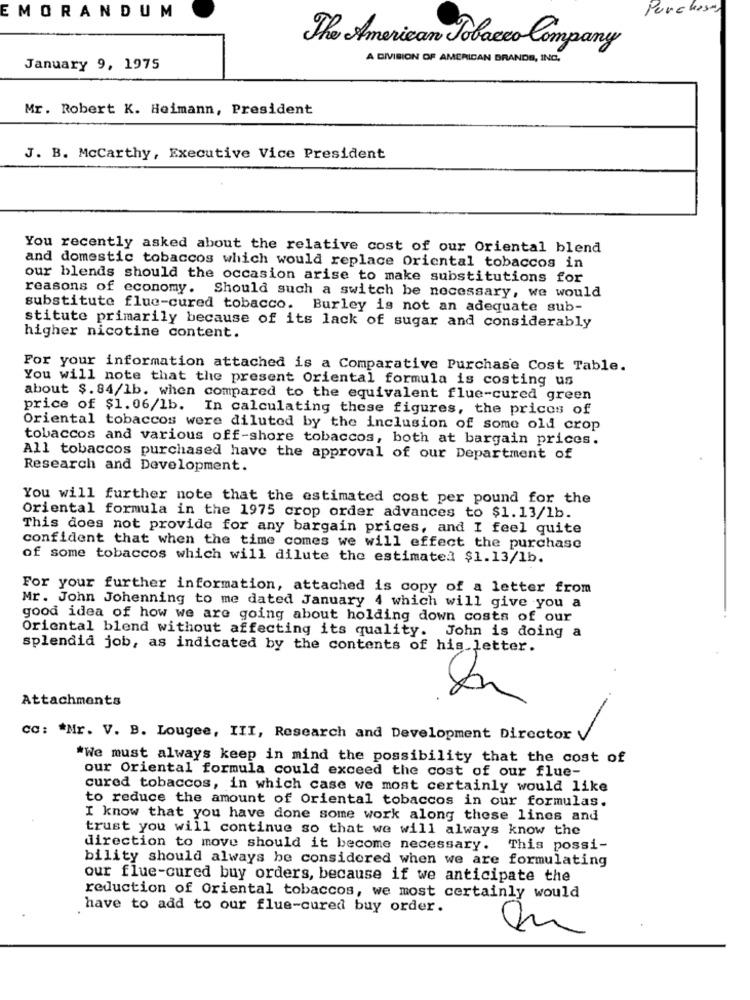
Purchases
EMORANDUM
The American Tobacco Company
A DIVISION OF AMERICAN BRANDS, ING,
January 9, 1975
Mr. Robert K. Heimann, President
J. B. Mccarthy, Executive Vice President
You recently asked about the relative cost of our Oriental blend
and domestic tobaccos which would replace Oriental tobaccos in
our blends should the occasion arise to make substitutions for
reasons of economy. Should such a switch be necessary, we would
substitute flue-cured tobacco. Burley is not an adequate sub-
stitute primarily because of its lack of sugar and considerably
higher nicotine content.
For your information attached is a Comparative Purchase Cost Table.
You will note that the present Oriental formula is costing us
about $. 84/1b. when compared to the equivalent flue-cured green
price of $1.06/1b. In calculating these figures, the prices of
Oriental tobaccos were diluted by the inclusion of some old crop
tobaccos and various off-shore tobaccos, both at bargain prices.
All tobaccos purchased have the approval of our Department of
Research and Development.
You will further note that the estimated cost per pound for the
Oriental formula in the 1975 crop order advances to $1.13/1b.
This does not provide for any bargain prices, and I feel quite
confident that when the time comes we will effect the purchase
of some tobaccos which will dilute the estimated $1.13/1b.
For your further information, attached is copy of a letter from
Mr. John Johenning to me dated January 4 which will give you a
good idea of how we are going about holding down costs of our
Oriental blend without affecting its quality. John is doing a
splendid job, as indicated by the contents of his letter.
Attachments
cc: * Mr. V. B. Lougee, III, Research and Development Director
*We must always keep in mind the possibility that the cost of
our Oriental formula could exceed the cost of our flue-
cured tobaccos, in which case we most certainly would like
to reduce the amount of Oriental tobaccos in our formulas.
I know that you have done some work along these lines and
trust you will continue so that we will always know the
direction to move should it become necessary.
This possi-
bility should always be considered when we are formulating
our flue-cured buy orders, because if we anticipate the
reduction of Oriental tobaccos, we most certainly would
have to add to our flue-cured buy order.